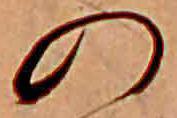
の